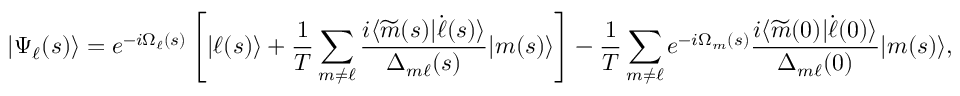
| \Psi _ { \ell } ( s ) \rangle = e ^ { - i \Omega _ { \ell } ( s ) } \left[ | \ell ( s ) \rangle + \frac { 1 } { T } \sum _ { m \neq \ell } \frac { i \langle \widetilde { m } ( s ) | \dot { \ell } ( s ) \rangle } { \Delta _ { m \ell } ( s ) } | m ( s ) \rangle \right] - \frac { 1 } { T } \sum _ { m \neq \ell } e ^ { - i \Omega _ { m } ( s ) } \frac { i \langle \widetilde { m } ( 0 ) | \dot { \ell } ( 0 ) \rangle } { \Delta _ { m \ell } ( 0 ) } | m ( s ) \rangle ,